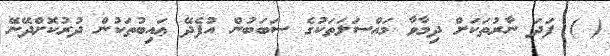
( ) ފަދަ ނާރުތަކަށް ދިމާވާ މައްސަލަތަކުގެ ސަބަބުން އުފެދޭ ޢައިބުތަކުން ދުރުކޮށްދޭނޭ